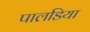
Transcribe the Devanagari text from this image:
पालडिया